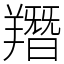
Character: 䍼